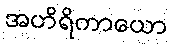
အဟိရိကာယော